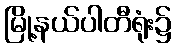
မြို့နယ်ပါတီရုံး၌